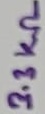
Text: 3.3KΩ